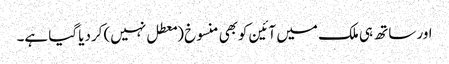
اور ساتھ ہی ملک میں آئین کوبھی منسوخ (معطل نہیں) کردیا گیا ہے۔